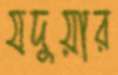
যদুয়ার